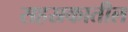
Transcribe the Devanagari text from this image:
सहस्रकातील